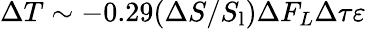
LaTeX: \Delta T\sim-0.29(\Delta S/S_{\textrm{l}})\Delta F_{L}\Delta\tau\varepsilon